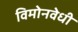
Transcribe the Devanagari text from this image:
विमोनवेधी